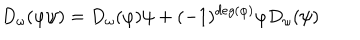
D _ { \omega } ( \varphi \psi ) = D _ { \omega } ( \varphi ) \psi + ( - 1 ) ^ { d e g ( \varphi ) } \varphi D _ { \omega } ( \psi )